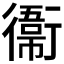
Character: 𫟙